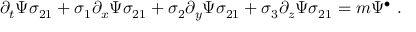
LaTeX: \partial _ { t } \Psi \sigma _ { 2 1 } + \sigma _ { 1 } \partial _ { x } \Psi \sigma _ { 2 1 } + \sigma _ { 2 } \partial _ { y } \Psi \sigma _ { 2 1 } + \sigma _ { 3 } \partial _ { z } \Psi \sigma _ { 2 1 } = m \Psi ^ { \bullet } ~ .